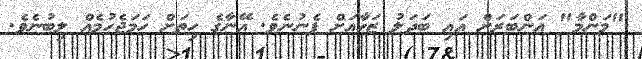
"މަންމާ" އަންބަރަށް އައި ބަދަލު ޒަހާއަށް ފެނުނެވެ. އޭނާގެ ހިތަށް ހަމަޖެހުމެއް ލިބުނެވެ.